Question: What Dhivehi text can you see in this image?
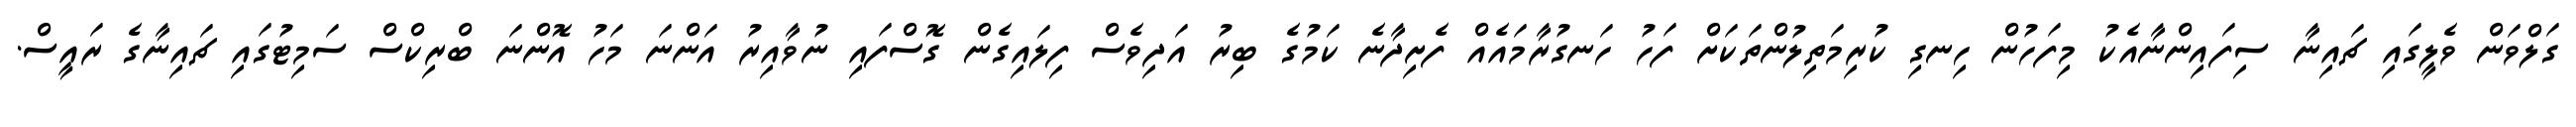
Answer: ގަލްވަން ވެލީގައި ޗައިނާ ސިފައިންނާއެކު މިފަހުން ހިނގި ކުރިމަތިލުންތަކަށް ފަހު ހަނގުރާމައެއް ފެށިދާނެ ކަމުގެ ބިރު އަދިވެސް ފިލައިގެން ގޮސްފައި ނުވާއިރު އަންނަ މަހު އޮންނަ ބްރިކްސް ސަމިޓުގައި ޗައިނާގެ ރައީސް.